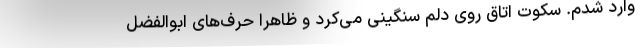
وارد شدم. سکوت اتاق روی دلم سنگینی می‌کرد و ظاهراً حرف‌های ابوالفضل